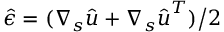
{ \boldsymbol { \hat { \epsilon } } } = ( \nabla _ { s } { \boldsymbol { \hat { u } } } + \nabla _ { s } { \boldsymbol { \hat { u } } } ^ { T } ) \big / 2